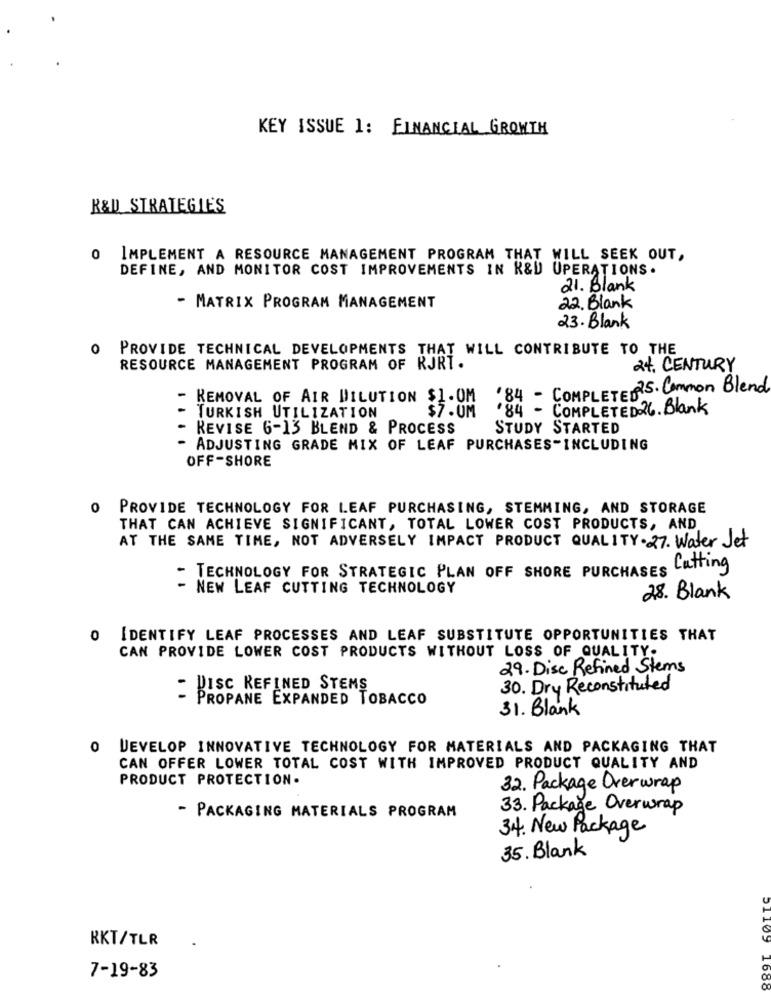
KEY ISSUE 1: FINANCIAL GROWTH
R&D STRATEGIES
0 IMPLEMENT A RESOURCE MANAGEMENT PROGRAM THAT WILL SEEK OUT,
DEFINE, AND MONITOR COST IMPROVEMENTS IN R&D UPERATIONS.
21. Blank
- MATRIX PROGRAM MANAGEMENT
22. Blank
23. Blank
O PROVIDE TECHNICAL DEVELOPMENTS THAT WILL CONTRIBUTE TO THE
RESOURCE MANAGEMENT PROGRAM OF RJRT.
24. CENTURY
$1.0M .84 - COMPLETED 25. Common Blend
- REMOVAL OF AIR DILUTION
.84 - COMPLETED 26. Blank
TURKISH UTILIZATION
REVISE 6-13 BLEND & PROCESS
STUDY STARTED
- ADJUSTING GRADE MIX OF LEAF PURCHASES-INCLUDING
OFF-SHORE
O PROVIDE TECHNOLOGY FOR LEAF PURCHASING, STEMMING, AND STORAGE
THAT CAN ACHIEVE SIGNIFICANT, TOTAL LOWER COST PRODUCTS, AND
AT THE SAME TIME, NOT ADVERSELY IMPACT PRODUCT QUALITY-27. Water Jet
- TECHNOLOGY FOR STRATEGIC PLAN OFF SHORE PURCHASES Cutting
NEW LEAF CUTTING TECHNOLOGY
28. Blank
0
IDENTIFY LEAF PROCESSES AND LEAF SUBSTITUTE OPPORTUNITIES THAT
CAN PROVIDE LOWER COST PRODUCTS WITHOUT LOSS OF QUALITY.
29. Disc Refined Stems
- BISC REFINED STEMS
30. Dry Reconstituted
PROPANE EXPANDED TOBACCO
31. Blank
0
DEVELOP INNOVATIVE TECHNOLOGY FOR MATERIALS AND PACKAGING THAT
CAN OFFER LOWER TOTAL COST WITH IMPROVED PRODUCT QUALITY AND
PRODUCT PROTECTION.
32. Package Overwrap
33. Package Overwrap
- PACKAGING MATERIALS PROGRAM
34. New Package
35. Blank
COTTO
RKT/TLR
7-19-83
1000